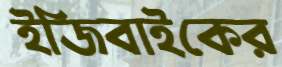
ইজিবাইকের